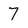
Character: 7